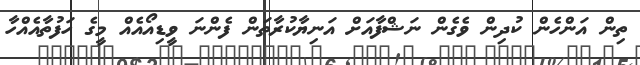
ތިން އަންހެން ކުދިން ވެގެން ނަޝްފާއަށް އަނިޔާކުރާތަން ފެންނަ ވީޑިއޯއެއް މީގެ ހަފުތާއެއްހާ